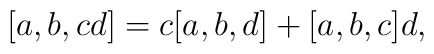
\lbrack a,b,cd]=c[a,b,d]+[a,b,c]d,